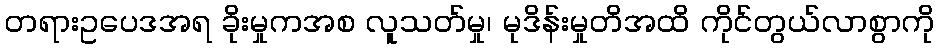
တရားဥပေဒအရ ခိုးမှုကအစ လူသတ်မှု၊ မုဒိန်းမှုတိအထိ ကိုင်တွယ်လာစွာကို